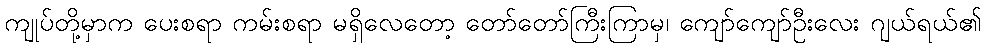
ကျုပ်တို့မှာက ပေးစရာ ကမ်းစရာ မရှိလေတော့ တော်တော်ကြီးကြာမှ၊ ကျော်ကျော်ဦးလေး ဂျယ်ရယ်၏